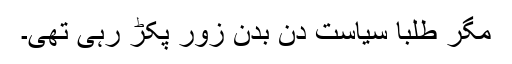
مگر طلبا سیاست دن بدن زور پکڑ رہی تھی۔